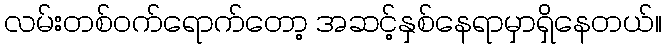
လမ်းတစ်ဝက်ရောက်တော့ အဆင့်နှစ်နေရာမှာရှိနေတယ်။